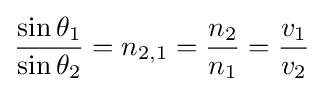
{\frac {\sin \theta _{1}}{\sin \theta _{2}}}=n_{2,1}={\frac {n_{2}}{n_{1}}}={\frac {v_{1}}{v_{2}}}